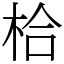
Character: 㭘